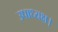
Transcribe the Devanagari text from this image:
उपाध्यक्ष।